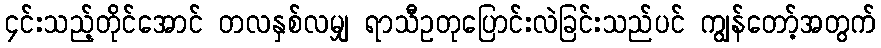
၄င်းသည့်တိုင်အောင် တလနှစ်လမျှ ရာသီဥတုပြောင်းလဲခြင်းသည်ပင် ကျွန်တော့်အတွက်